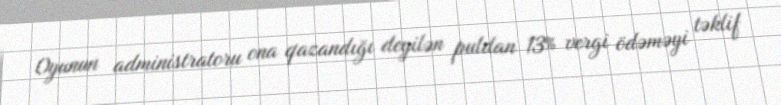
Oyunun administratoru ona qazandığı deyilən puldan 13% vergi ödəməyi təklif